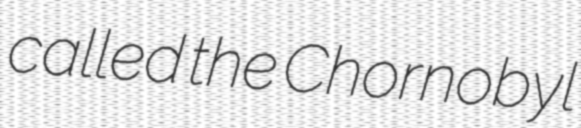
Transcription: called the Chornobyl